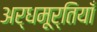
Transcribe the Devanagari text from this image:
अर्धमूर्तियाँ